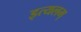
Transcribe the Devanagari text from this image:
इत्यलम्